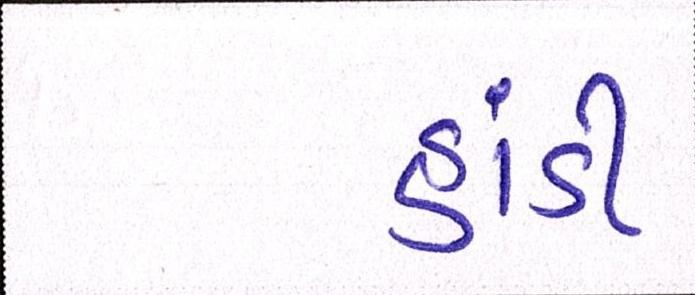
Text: હાંડી